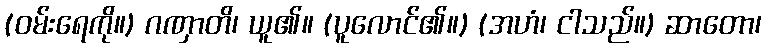
(ဝမ်းရေကို။) ဂဏှာတိ၊ ယူ၏။ (ပူလောင်၏။) (အဟံ၊ ငါသည်။) ဆာတော၊